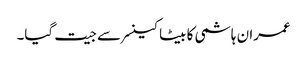
عمران ہاشمی کا بیٹا کینسر سے جیت گیا۔